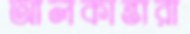
আলকান্তারা